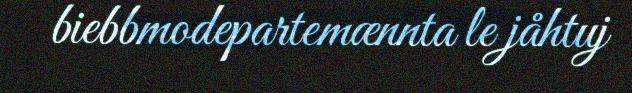
biebbmodepartemænnta le jåhtuj